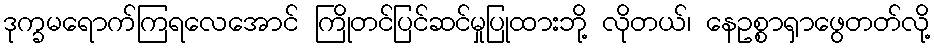
ဒုက္ခမရောက်ကြရလေအောင် ကြိုတင်ပြင်ဆင်မှုပြုထားဘို့ လိုတယ်၊ နေဥစ္စာရှာဖွေတတ်လို့